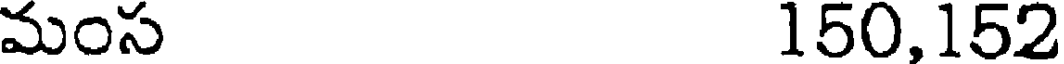
మంస 150,152